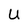
Character: U